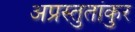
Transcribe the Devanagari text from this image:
अप्रस्तुतांकुर